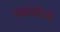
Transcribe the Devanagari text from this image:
वनस्‍पतियों